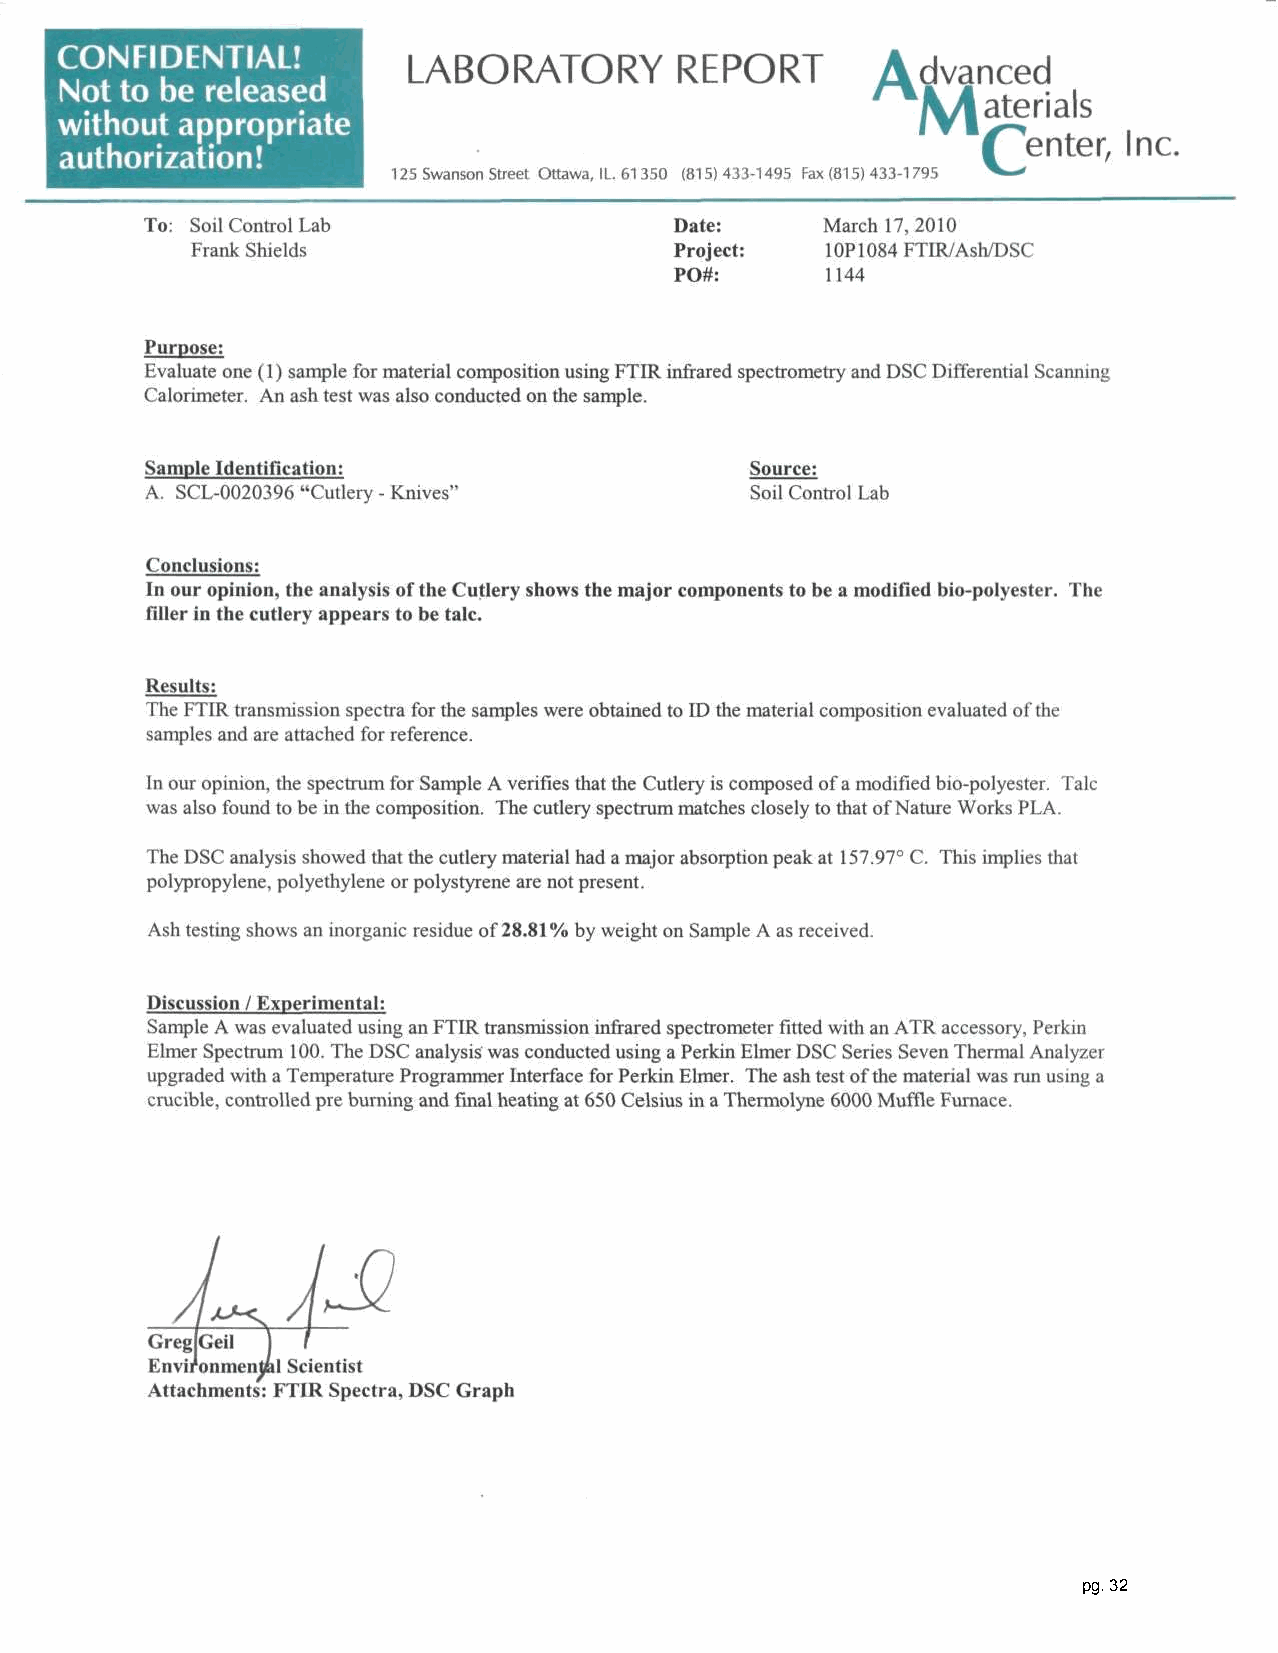
CONFIDENTIAL!
 LABORATORY        REPORT       Advanced
 Not to be released
 IMaterials
 without appropriate
 Center,   Inc.
 authorization!
 125 Swanson Street Ottawa, IL. 61350 (815)433-1495 Fax (815) 433-1795
 To: Soil Control Lab               Date:    March 17, 2010
 Frank Shields                   Project:  10P1084 FTIR/Ash/DSC
 PO#:     1144
 Purpose:
 Evaluate one (1) sample for material composition using FTIR infrared spectrometry and DSC Differential Scanning
 Calorimeter. An ash test was also conducted on the sample.
 Sample Identification:                  Source:
 A. SCL-0020396 "Cutlery - Knives"       Soil Control Lab
 Conclusions:
 In our opinion, the analysis of the Cutlery shows the major components to be a modified bio-polyester. The
 filler in the cutlery appears to be talc.
 Results:
 The FTIR transmission spectra for the samples were obtained to ID the material composition evaluated of the
 samples and are attached for reference.
 In our opinion, the spectrum for Sample A verifies that the Cutlery is composed of a modified bio-polyester. Talc
 was also found to be in the composition. The cutlery spectrum matches closely to that of Nature Works PLA.
 The DSC analysis showed that the cutlery material had a major absorption peak at 157.97° C. This implies that
 polypropylene, polyethylene or polystyrene are not present.
 Ash testing shows an inorganic residue of 28.81% by weight on Sample A as received.
 Discussion / Experimental:
 Sample A was evaluated using an FTIR transmission infrared spectrometer fitted with an ATR accessory, Perkin
 Elmer Spectrum 100. The DSC analysis was conducted using a Perkin Elmer DSC Series Seven Thermal Analyzer
 upgraded with a Temperature Programmer Interface for Perkin Elmer. The ash test of the material was run using a
 crucible, controlled pre burning and final heating at 650 Celsius in a Thermolyne 6000 Muffle Furnace.
 GregJGeil j
 Environmental Scientist
 Attachments: FTIR Spectra, DSC Graph
 pg. 32